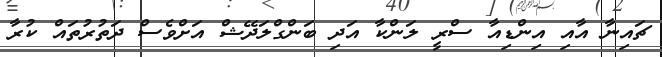
ޗައިނާ އާއި އިންޑިއާ ސްރީ ލަންކާ އަދި ބަންގްލަދޭޝް އަށްވެސް ދަތުރުތައް ކުރާ